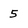
Character: 5